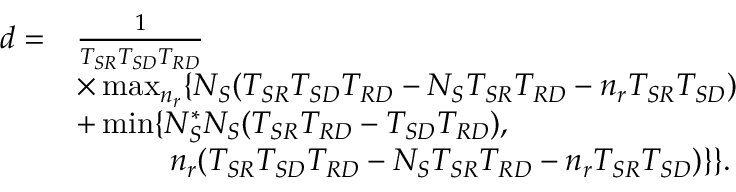
\begin{array} { r l } { d = } & { \frac { 1 } { T _ { S R } T _ { S D } T _ { R D } } } \\ & { \times \operatorname* { m a x } _ { n _ { r } } \{ N _ { S } ( T _ { S R } T _ { S D } T _ { R D } - N _ { S } T _ { S R } T _ { R D } - n _ { r } T _ { S R } T _ { S D } ) } \\ & { + \operatorname* { m i n } \{ N _ { S } ^ { \ast } N _ { S } ( T _ { S R } T _ { R D } - T _ { S D } T _ { R D } ) , } \\ & { \quad \quad \quad n _ { r } ( T _ { S R } T _ { S D } T _ { R D } - N _ { S } T _ { S R } T _ { R D } - n _ { r } T _ { S R } T _ { S D } ) \} \} . } \end{array}